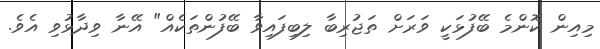
މިއިން ކޮންމެ ބޭފުޅަކީ ވަރަށް ތަޖުރިބާ ލިބިފައިވާ ބޭފުންތަކެއް" އޭނާ ވިދާޅުވި އެވެ.